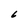
Character: 6